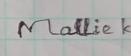
Signature authenticity: forged